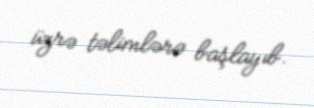
üzrə təlimlərə başlayıb.